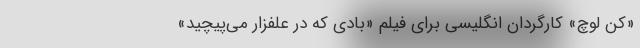
«کن لوچ» کارگردان انگلیسی برای فیلم «بادی که در علفزار می‌پیچید»